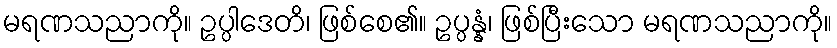
မရဏသညာကို။ ဥပ္ပါဒေတိ၊ ဖြစ်စေ၏။ ဥပ္ပန္နံ၊ ဖြစ်ပြီးသော မရဏသညာကို။